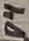
Text: D4